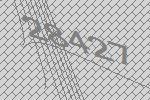
28427